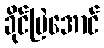
ခိုင်မြဲအောင်